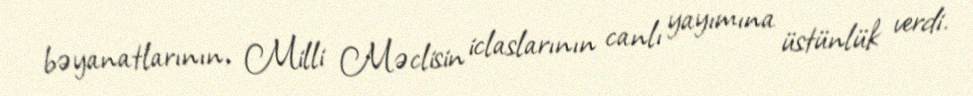
bəyanatlarının, Milli Məclisin iclaslarının canlı yayımına üstünlük verdi.